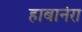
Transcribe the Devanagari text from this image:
हाबानेरा